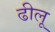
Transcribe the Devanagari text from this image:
ढीलू